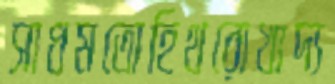
সাধমতোহিথরোখাদ্য